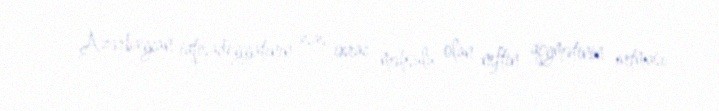
- Azərbaycan iqtisadiyyatının əsas ixrac məhsulu olan neftin qiymətinin artması